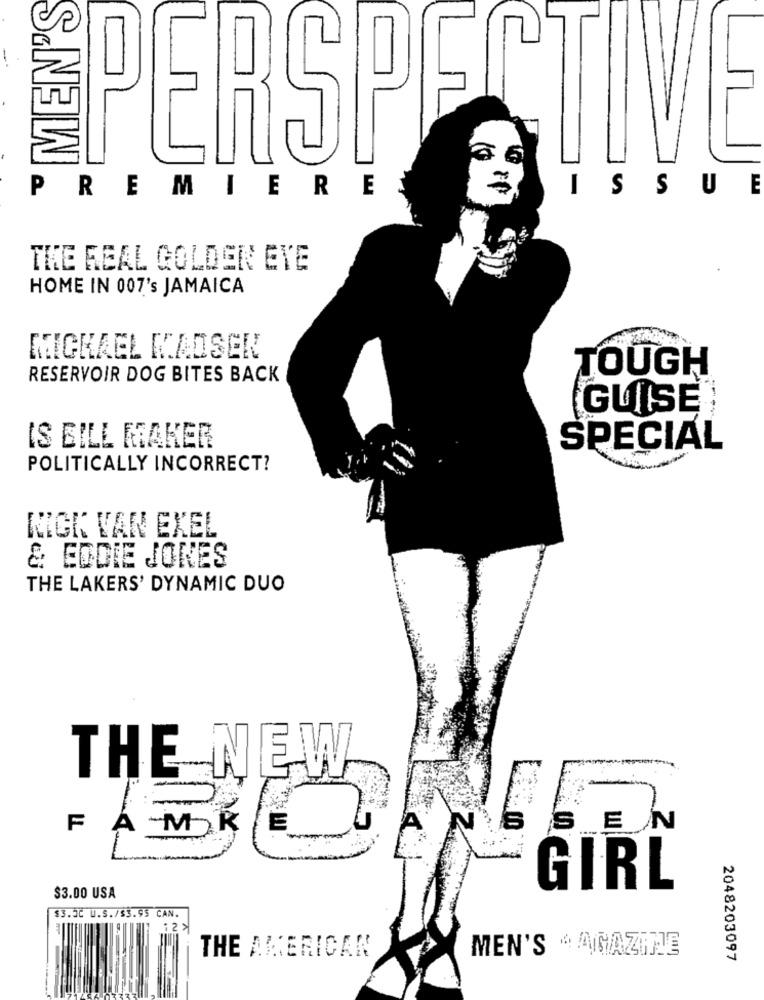
PERSPECTIV
PREMIERE
ISSU
E
THE REAL GOLDEN EYE
HOME IN 007's JAMAICA
MICHAEL KAOSER
RESERVOIR DOG BITES BACK
TOUGH
GUISE
IS BILL MAKER
SPECIAL
POLITICALLY INCORRECT?
KIGK VAN EXEL
&: EDDIE JONES
THE LAKERS' DYNAMIC DUO
THE NEW
FAM K
E
S
EN
GIRL
$3.00 USA
$3.JC U.S./$3.95 CAN.
THE AMERICAN
MEN'S "AGAZINE
2048203097